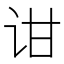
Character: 𬣠